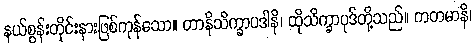
နယ်စွန်းတိုင်းနားဖြစ်ကုန်သော။ တာနိသိက္ခာပဒါနိ၊ ထိုသိက္ခာပုဒ်တို့သည်။ ကတမာနိ၊